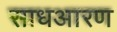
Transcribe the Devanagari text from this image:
साधआरण